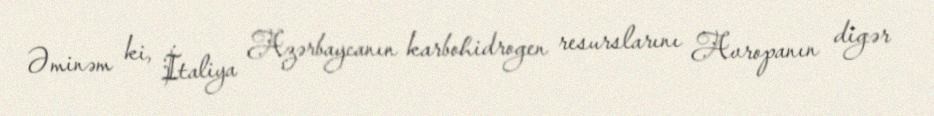
Əminəm ki, İtaliya Azərbaycanın karbohidrogen resurslarını Avropanın digər